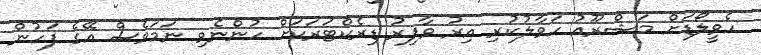
ހެވީލޯޑަށް މަޝްރޫއު ހަވާލުކުރި އިރު ވާފިރު ޑިރެކްޓަރަކަށް ހުންނެވި ނަމަވެސް އޭގެ ފަހުން